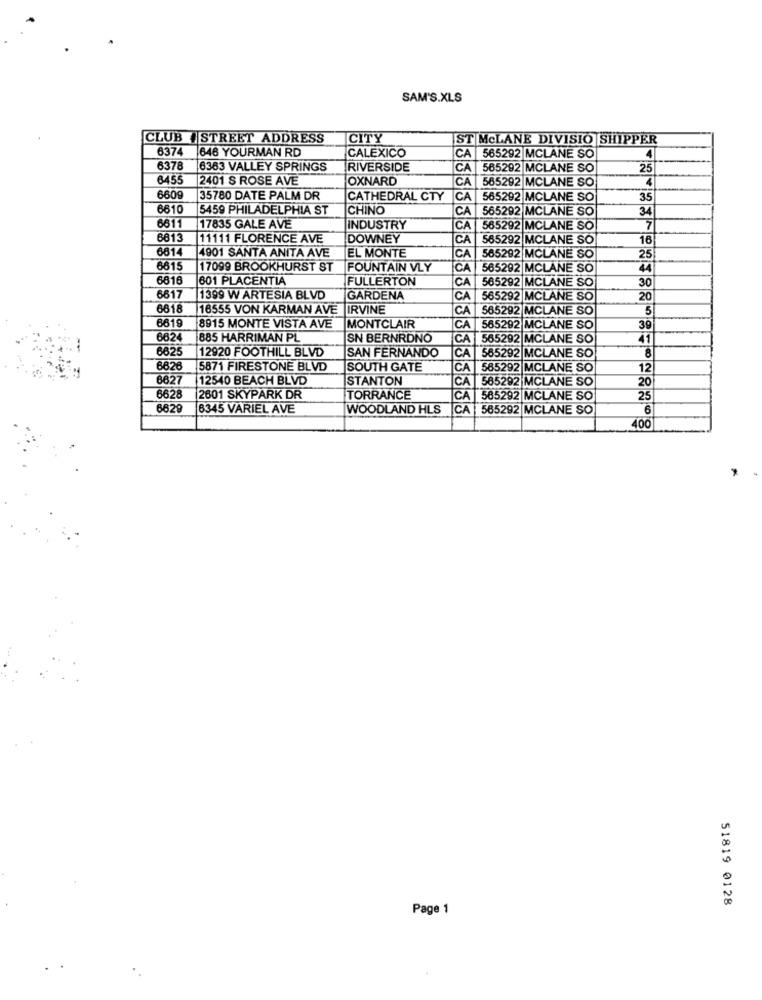
SAM'S.XLS
CLUB STREET ADDRESS
CITY
ST McLANE DIVISIO SHIPPER
8374
646 YOURMAN RD
CALEXICO
CA
4
565292 MCLANE SO
6378
6363 VALLEY SPRINGS
RIVERSIDE
CA
565292 MCLANE SO
25
645
2401 S ROSE AVE
OXNARD
CA |565292 MCLANE SO
4
6609
35780 DATE PALM DR
CATHEDRAL CTY
CA
565292 MCLANE SO
35
8610
5459 PHILADELPHIA ST
CHINO
CA |565292 MCLANE SO
34
6611
17835 GALE AVE
INDUSTRY
CA 565292 MCLANE SO
7
6613
11111 FLORENCE AVE
DOWNEY
CA 565292 MCLANE SO
16
6814
4901 SANTA ANITA AVE
EL MONTE
CA 565292 MCLANE SO
25
6815
17099 BROOKHURST ST
FOUNTAIN VLY
CA 565292 MCLANE SO
44
6816
601 PLACENTIA
FULLERTON
CA |565292 MCLANE SO
30
6617
1399 W ARTESIA BLVD
GARDENA
CA |565292 MCLANE SO
20
6618
16555 VON KARMAN AVE IRVINE
CA 565292 MCLANE SO
5
6619
8915 MONTE VISTA AVE MONTCLAIR
CA 565292 MCLANE SO
39
6624
885 HARRIMAN PL
SN BERNRDNO
CA 565292 MCLANE SO
41
6625
12920 FOOTHILL BLVD
SAN FERNANDO
CA 565292 MCLANE SO
8
6626
5871 FIRESTONE BLVD
SOUTH GATE
CA 585292 MCLANE SO
12
8827
12540 BEACH BLVD
STANTON
CA 585292 MCLANE SO
20
6628
2601 SKYPARK DR
TORRANCE
585292 MCLANE SO
25
662
6345 VARIEL AVE
WOODLAND HLS
CA |565292 MCLANE SO
6
400
51819 0128
Page 1